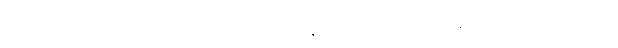
အတ္ထရသ မည်သည်ကား။ စတ္တာရိ၊ လေးပါးကုန်သော။ သာမညဖလာနိ၊ အရိယဖိုလ်တို့တည်း။